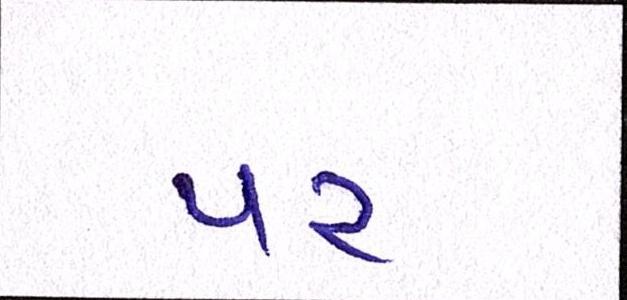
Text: પર